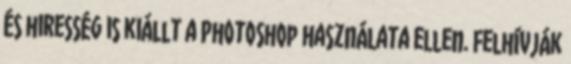
és hiresség is kiállt a Photoshop használata ellen. Felhívják